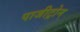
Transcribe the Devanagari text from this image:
पाजीट्रोन